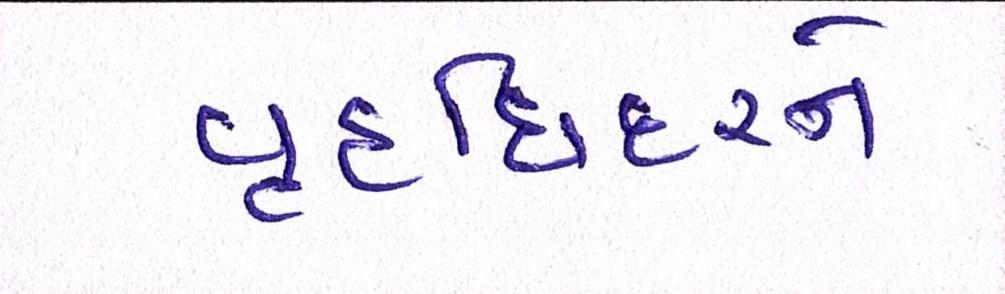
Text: વૃદ્ધિદરને